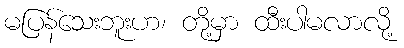
မပြန်သေးဘူးဟ၊ တို့မှာ ထီးပါမလာလို့